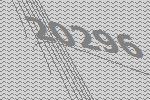
20296